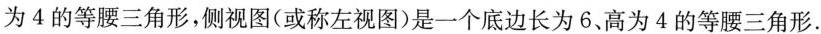
为4的等腰三角形，侧视图(或称左视图)是一个底边长为6、高为4的等腰三角形.